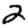
Digit: 2